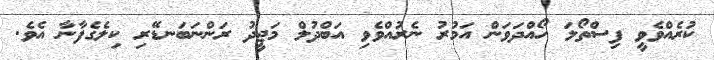
ކުރެއްވެވީ ފިސްތޯލަ ހޯއްދަވަން އަމުރު ނެރުއްވެވި އަބްދުލް މަޖީދު ރަންނަބަނޑޭރި ކިލެގެފާނާ އެވެ.